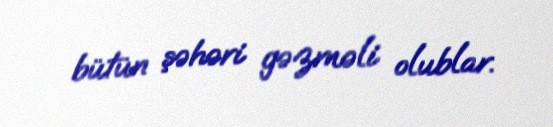
bütün şəhəri gəzməli olublar.